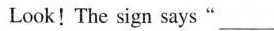
Look!The sign says"_".